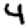
Digit: 4